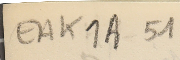
EAK1A-51